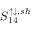
S _ { 1 4 } ^ { \uparrow \downarrow , s h }